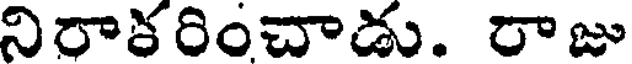
నిరాకరించాడు. రాజు